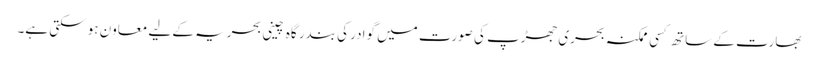
بھارت کے ساتھ کسی ممکنہ بحری جھڑپ کی صورت میں گوادر کی بندر گاہ چینی بحریہ کے لیے معاون ہو سکتی ہے۔